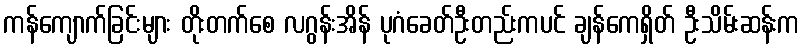
ကန်ကျောက်ခြင်းများ တိုးတက်စေ လဂွန်းအိန် ပုဂံခေတ်ဦးတည်းကပင် ချန်ကေရှိတ် ဦးသိမ်းဆန်းက